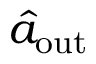
\hat { a } _ { \mathrm { o u t } }